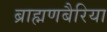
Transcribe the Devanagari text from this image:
ब्राह्मणबैरिया